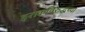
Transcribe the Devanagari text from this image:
इराकविरुद्धच्या